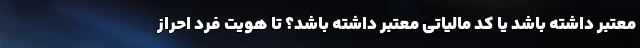
معتبر داشته باشد یا کد مالیاتی معتبر داشته باشد؟ تا هویت فرد احراز